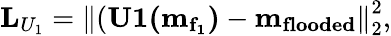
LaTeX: \mathbf{L}_{U_{1}}=\left\lVert(\mathbf{U1(m_{f_{1}})}-\mathbf{m_{flooded}}\right\rVert_{2}^{2},